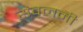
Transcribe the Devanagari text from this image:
संवलनी